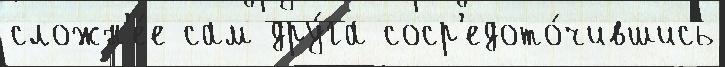
сложн'е́е сам дру́га соср'едото́чившись